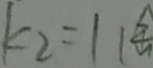
k _ { 2 } = 1 1